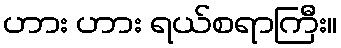
ဟား ဟား ရယ်စရာကြီး။